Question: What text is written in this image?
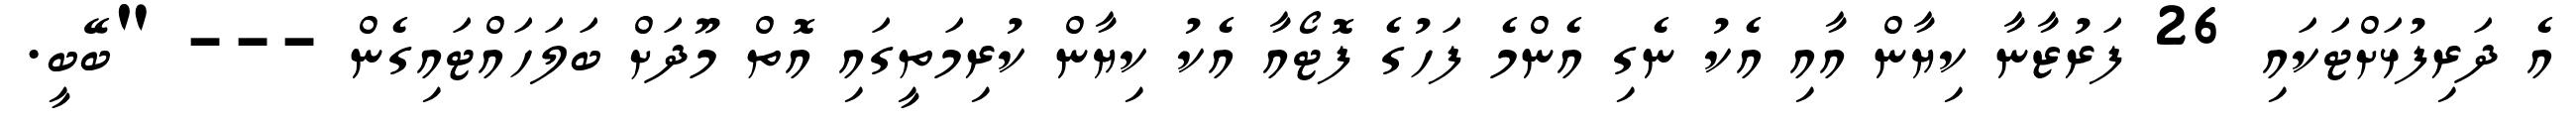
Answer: އެ ދަރިފުޅަށްޓަކައި 26 ފަރުޒާނާ ކިޔާން އާއި އެކު ނެގި އެންމެ ފަހުގެ ފޮޓޯއާ އެކު ކިޔާން ކުރިމަތީގައި އޮތް މޫދަށް ބަލަހައްޓައިގެން --- "ބޭބީ.